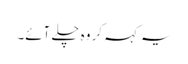
یہ کہہ کر وہ چلے آئے۔